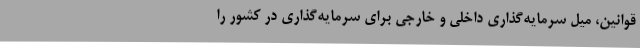
قوانین، میل سرمایه‌گذاری داخلی و خارجی برای سرمایه‌گذاری در کشور را